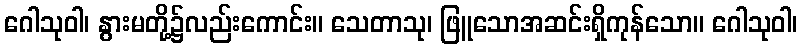
ဂေါသုဝါ၊ နွားမတို့၌လည်းကောင်း။ သေတာသု၊ ဖြူသောအဆင်းရှိကုန်သော။ ဂေါသုဝါ၊